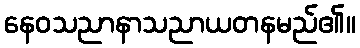
နေဝသညာနာသညာယတနမည်၏။